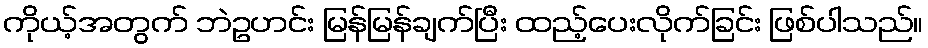
ကိုယ့်အတွက် ဘဲဥဟင်း မြန်မြန်ချက်ပြီး ထည့်ပေးလိုက်ခြင်း ဖြစ်ပါသည်။